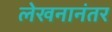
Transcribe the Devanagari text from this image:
लेखनानंतर